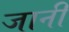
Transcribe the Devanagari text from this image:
जानीं